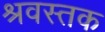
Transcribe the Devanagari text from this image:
श्रवस्तक